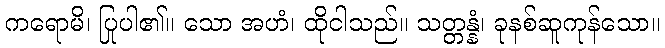
ကရောမိ၊ ပြုပါ၏။ သော အဟံ၊ ထိုငါသည်။ သတ္တန္နံ၊ ခုနစ်ဆူကုန်သော။